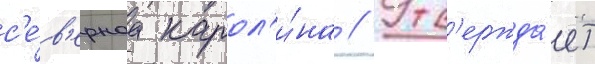
с'е́в'ернаа карол'и́на // Утв'ержда́ет